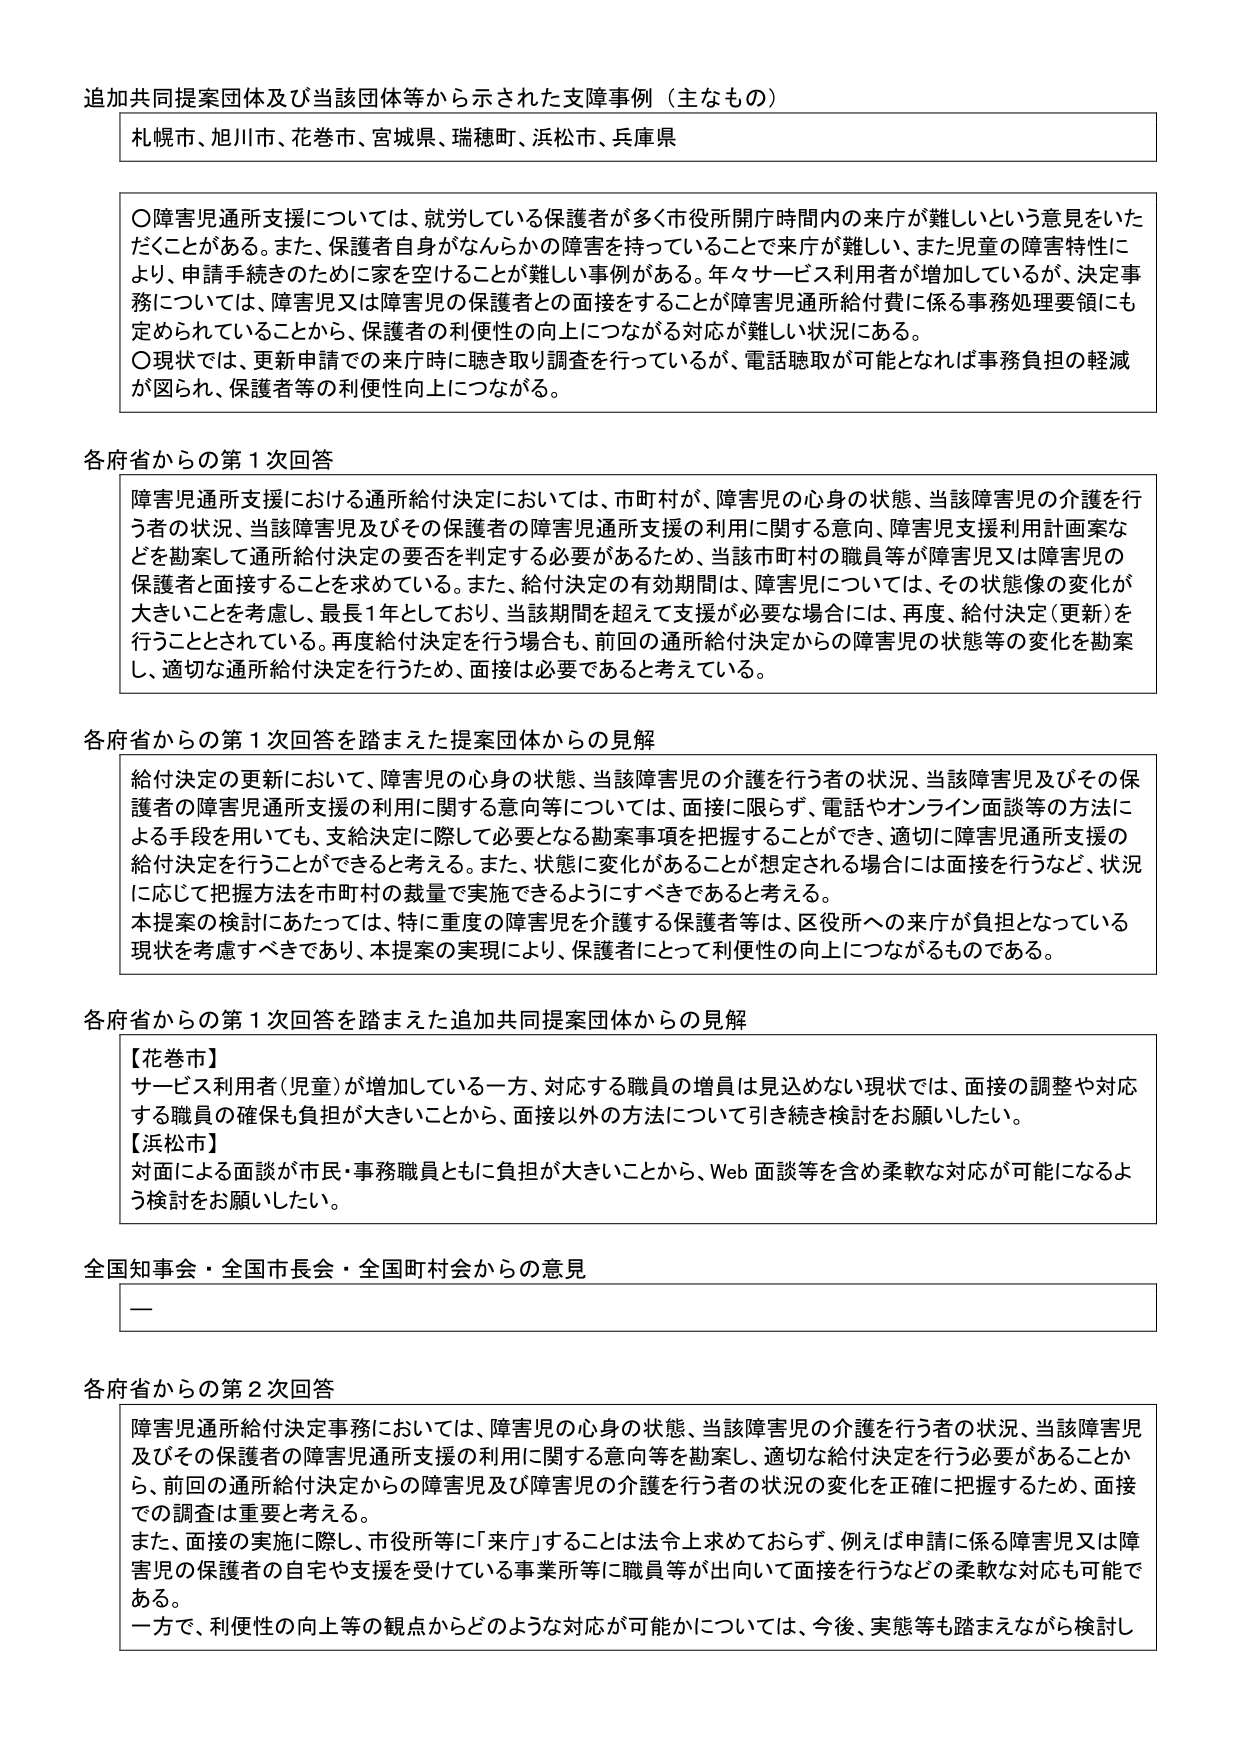
追加共同提案団体及び当該団体等から示された支障事例（主なもの）

札幌市、旭川市、花巻市、宮城県、瑞穂町、浜松市、兵庫県

〇障害児通所支援については、就労している保護者が多く市役所開庁時間内の来庁が難しいという意見をいただくことがある。また、保護者自身がなんらかの障害を持っていることで来庁が難しい、また児童の障害特性により、申請手続きのために家を空けることが難しい事例がある。年々サービス利用者が増加しているが、決定事務については、障害児又は障害児の保護者との面接をすることが障害児通所給付費に係る事務処理要領にも定められていることから、保護者の利便性の向上につながる対応が難しい状況にある。
〇現状では、更新申請での来庁時に聴き取り調査を行っているが、電話聴取が可能となれば事務負担の軽減が図られ、保護者等の利便性向上につながる。

各府省からの第1次回答

障害児通所支援における通所給付決定においては、市町村が、障害児の心身の状態、当該障害児の介護を行う者の状況、当該障害児及びその保護者の障害児通所支援の利用に関する意向、障害児支援利用計画案などを勘案して通所給付決定の要否を判定する必要があるため、当該市町村の職員等が障害児又は障害児の保護者と面接することを求めている。また、給付決定の有効期間は、障害児については、その状態像の変化が大きいことを考慮し、最長1年としており、当該期間を超えて支援が必要な場合には、再度、給付決定（更新）を行うこととされている。再度給付決定を行う場合も、前回の通所給付決定からの障害児の状態等の変化を勘案し、適切な通所給付決定を行うため、面接は必要であると考えている。

各府省からの第1次回答を踏まえた提案団体からの見解

給付決定の更新において、障害児の心身の状態、当該障害児の介護を行う者の状況、当該障害児及びその保護者の障害児通所支援の利用に関する意向等については、面接に限らず、電話やオンライン面談等の方法による手段を用いても、支給決定に際して必要となる勘案事項を把握することができ、適切に障害児通所支援の給付決定を行うことができると考える。また、状態に変化があることが想定される場合には面接を行うなど、状況に応じて把握方法を市町村の裁量で実施できるようにすべきであると考える。
本提案の検討にあたっては、特に重度の障害児を介護する保護者等は、区役所への来庁が負担となっている現状を考慮すべきであり、本提案の実現により、保護者にとって利便性の向上につながるものである。

各府省からの第1次回答を踏まえた追加共同提案団体からの見解

【花巻市】
サービス利用者（児童）が増加している一方、対応する職員の増員は見込めない現状では、面接の調整や対応する職員の確保も負担が大きいことから、面接以外の方法について引き続き検討をお願いしたい。
【浜松市】
対面による面談が市民・事務職員ともに負担が大きいことから、Web面談等を含め柔軟な対応が可能になるよう検討をお願いしたい。

全国知事会・全国市長会・全国町村会からの意見

—

各府省からの第2次回答

障害児通所給付決定事務においては、障害児の心身の状態、当該障害児の介護を行う者の状況、当該障害児及びその保護者の障害児通所支援の利用に関する意向等を勘案し、適切な給付決定を行う必要があることから、前回の通所給付決定からの障害児及び障害児の介護を行う者の状況の変化を正確に把握するため、面接での調査は重要と考える。
また、面接の実施に際し、市役所等に「来庁」することは法令上求められておらず、例えば申請に係る障害児又は障害児の保護者の自宅や支援を受けている事業所等に職員等が出向いて面接を行うなどの柔軟な対応も可能である。
一方で、利便性の向上等の観点からどのような対応が可能かについては、今後、実態等も踏まえながら検討し